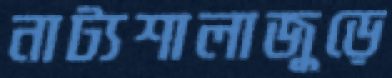
নাট্যশালাজুড়ে